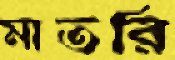
মাতরি